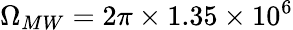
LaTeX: \Omega_{MW}=2\pi\times 1.35\times 10^{6}